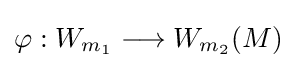
\varphi :W_{m_{1}}\longrightarrow W_{m_{2}}(M)